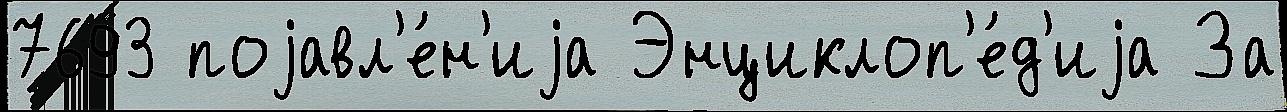
7693 поjавл'е́н'иjа Энциклоп'е́д'иjа За